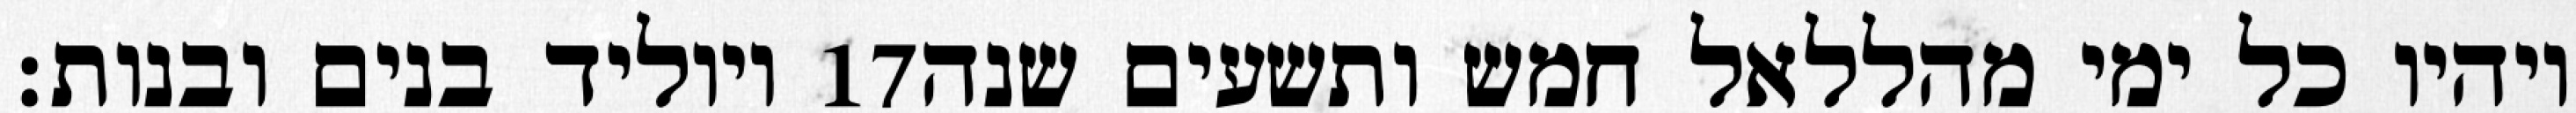
ויוליד בנים ובנות׃ ‎17‏ ויהיו כל ימי מהללאל חמש ותשעים שנה